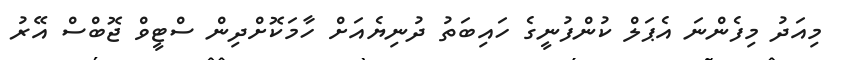
މިއަދު މިފެންނަ އެޕަލް ކުންފުނީގެ ހައިބަތު ދުނިޔެއަށް ހާމަކޮށްދިން ސްޓީވް ޖޮބްސް އޭރު